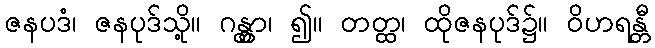
ဇနပဒံ၊ ဇနပုဒ်သို့။ ဂန္တွာ၊ ၍။ တတ္ထ၊ ထိုဇနပုဒ်၌။ ဝိဟရန္တီ